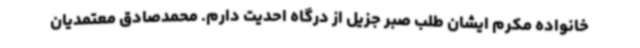
خانواده مکرم ایشان طلب صبر جزیل از درگاه احدیت دارم. محمدصادق معتمدیان